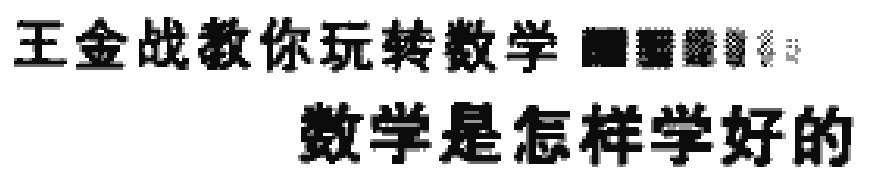
王金战教你玩转数学
数学是怎样学好的